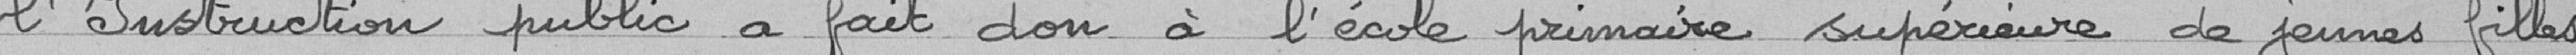
l'Instruction publique a fait don à l'école primaire supérieure de jeunes filles